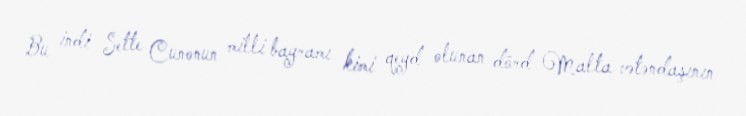
Bu indi Sette Cunonun milli bayramı kimi qeyd olunan dörd Malta vətəndaşının